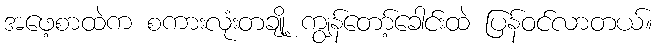
အဖေ့စာထဲက စကားလုံးတချို့ ကျွန်တော့်ခေါင်းထဲ ပြန်ဝင်လာတယ်။